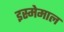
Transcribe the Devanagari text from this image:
इस्मेमाल